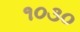
૧૦૩૦